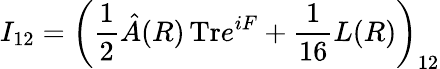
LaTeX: I_{12}=\left({\frac{1}{2}}\hat{A}(R)\, \mathrm{Tr}e^{iF}+{\frac{1}{16}}L(R)\right)_{12}